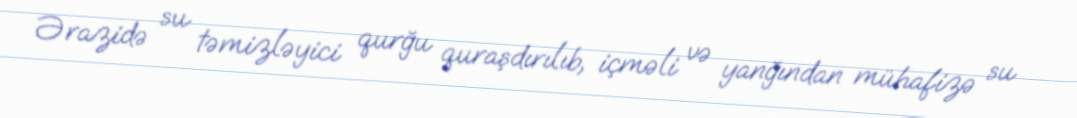
Ərazidə su təmizləyici qurğu quraşdırılıb, içməli və yanğından mühafizə su